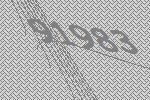
91983